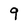
Character: 9